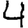
Digit: 4